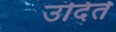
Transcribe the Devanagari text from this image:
उदिते